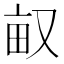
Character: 𠭇